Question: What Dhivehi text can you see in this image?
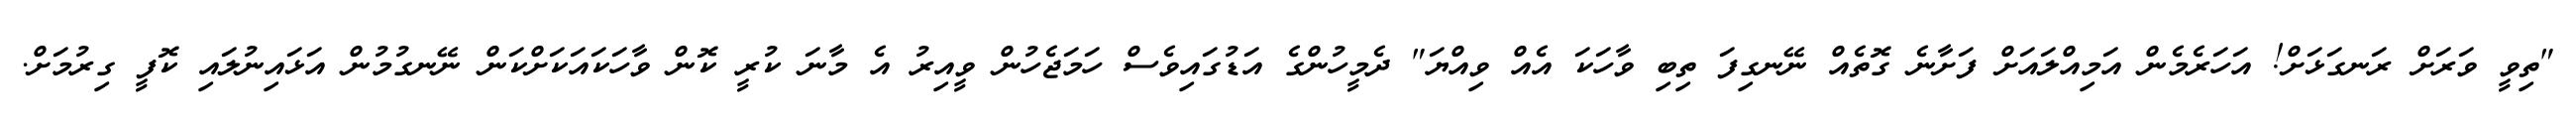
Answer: "ތިވީ ވަރަށް ރަނގަޅަށް! އަހަރެމެން އަމިއްލައަށް ފަށާނެ ގޮތެއް ނޭނގިފަ ތިބި ވާހަކަ އެއް ވިއްޔަ" ދެމީހުންގެ އަޑުގައިވެސް ހަމަޖެހުން ވީއިރު އެ މާނަ ކުރީ ކޮން ވާހަކައަކަށްކަން ނޭނގުމުން އަޅައިނުލައި ކޮފީ ގިރުމަށް.